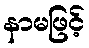
နာမဖြင့်